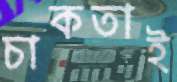
চাকতাই